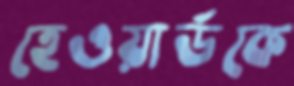
হেওয়ার্ডকে